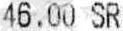
46.00 SR